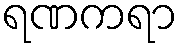
ရဏကရာ